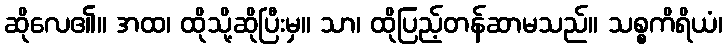
ဆိုလေ၏။ အထ၊ ထိုသို့ဆိုပြီးမှ။ သာ၊ ထိုပြည့်တန်ဆာမသည်။ သစ္စကိရိယံ၊